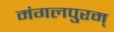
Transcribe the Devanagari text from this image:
मंगलपुरम्